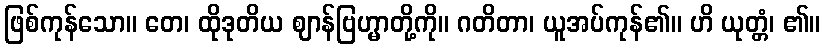
ဖြစ်ကုန်သော။ တေ၊ ထိုဒုတိယ ဈာန်ဗြဟ္မာတို့ကို။ ဂတိတာ၊ ယူအပ်ကုန်၏။ ဟိ ယုတ္တံ၊ ၏။